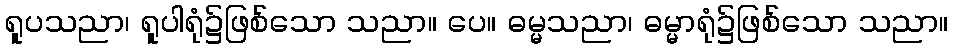
ရူပသညာ၊ ရူပါရုံ၌ဖြစ်သော သညာ။ ပေ။ ဓမ္မသညာ၊ ဓမ္မာရုံ၌ဖြစ်သော သညာ။